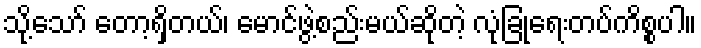
သို့သော် တော့ရှိတယ်၊ မောင်ဖွဲ့စည်းမယ်ဆိုတဲ့ လုံခြုံရေးတပ်ကိစ္စပါ။